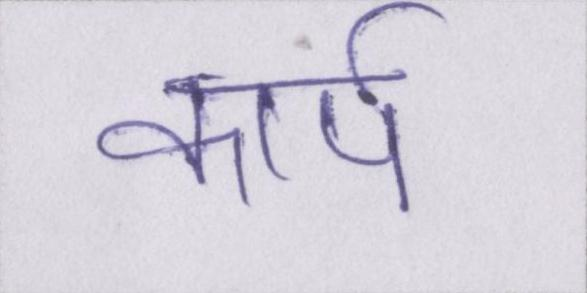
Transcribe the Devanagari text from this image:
कार्प